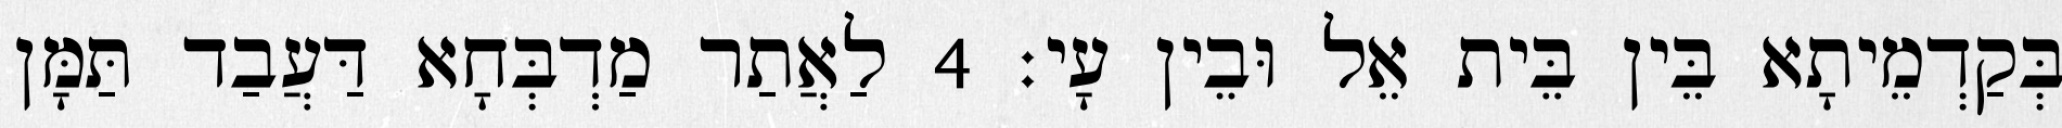
בְּקַדְמֵיתָא בֵּין בֵּית אֵל וּבֵין עָי׃ 4 לַאֲתַר מַדְבְּחָא דַּעֲבַד תַּמָּן